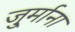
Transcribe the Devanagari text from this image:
जु्र्माना